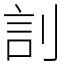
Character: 䚯